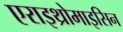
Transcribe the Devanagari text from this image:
एराइथ्रोमाइसिन